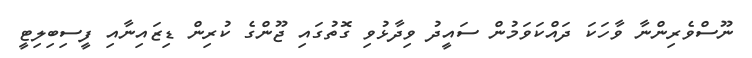
ނޫސްވެރިންނާ ވާހަކަ ދައްކަވަމުން ސައީދު ވިދާޅުވި ގޮތުގައި ޖޫންގެ ކުރިން ޑިޒައިނާއި ފީސިބިލިޓީ